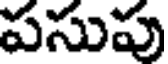
పసుపు